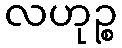
လဟုဉ္စ